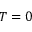
T = 0